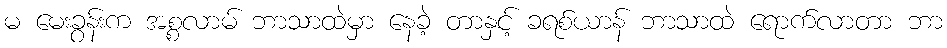
မ မေးခွန်းက အစ္စလာမ် ဘာသာထဲမှာ နေခဲ့ တာနှင့် ခရစ်ယာန် ဘာသာထဲ ရောက်လာတာ ဘာ